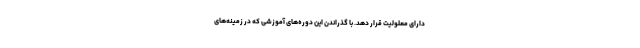
دارای معلولیت قرار دهد. با گذراندن این دوره‌های آموزشی که در زمینه‌های